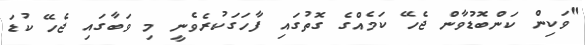
"ވަކިން ކަންބޮޑުވާން ޖެހޭ ކަމެއްގެ ގޮތުގައި ފާހަގަކުރެވެނީ މި ވަބާގައި ޖެހޭ ކުޑަ